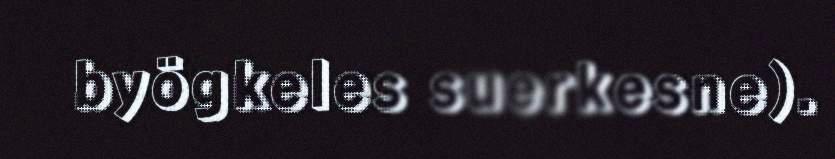
byögkeles suerkesne).